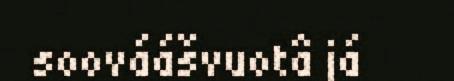
soováášvuotâ já